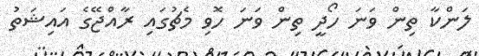
ލަންކާ ތިން ވަނަ ހޯދީ ތިން ވަނަ ހޮވި މެޗުގައި ރާއްޖޭގެ އައިޝަތު